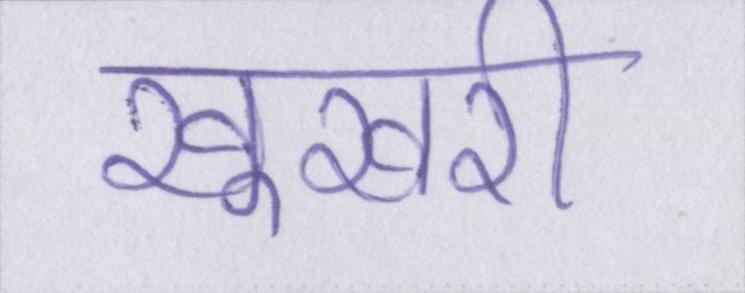
खूखरी